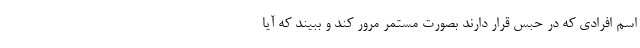
اسم افرادی که در حبس قرار دارند بصورت مستمر مرور کند و ببیند که آیا